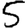
Digit: 5